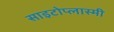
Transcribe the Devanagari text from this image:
साइटोप्लास्मी